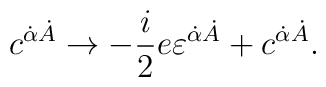
c^{\dot\alpha\dot A}\rightarrow -{i\over 2}e\varepsilon^{\dot \alpha\dot A}+c^{\dot\alpha\dot A}.